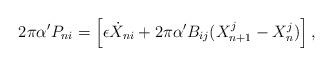
LaTeX: \begin{align*} 2\pi \alpha' P_{ni} = \left[ \epsilon \dot{X}_{ni} + 2\pi \alpha'B_{ij} (X_{n+1}^{j} - X_{n}^{j})\right],\end{align*}